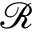
\mathcal { R }